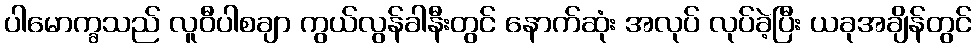
ပါမောက္ခသည် လူဝီပါစချာ ကွယ်လွန်ခါနီးတွင် နောက်ဆုံး အလုပ် လုပ်ခဲ့ပြီး ယခုအချိန်တွင်